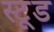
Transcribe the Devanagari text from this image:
स्टूड